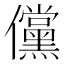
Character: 儻